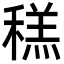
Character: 䅵